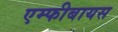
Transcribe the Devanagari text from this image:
एम्फीबायस